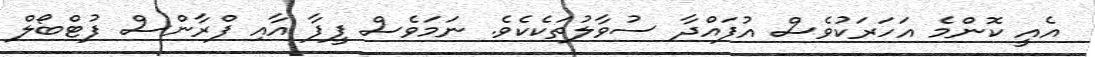
އެއީ ކޮންމެ އަހަރަކުވެސް އުފައްދާ ސުވާލުތަކެކެވެ. ނަމަވެސް ފީފާ އާއި ފްރާންސް ފުޓްބޯލް